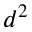
d ^ { 2 }